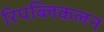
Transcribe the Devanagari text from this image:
रिपब्लिकलन